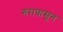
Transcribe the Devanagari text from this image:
गरापासून